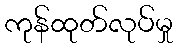
ကုန်ထုတ်လုပ်မှု